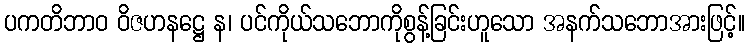
ပကတိဘာဝ ဝိဇဟနဋ္ဌေ န၊ ပင်ကိုယ်သဘောကိုစွန့်ခြင်းဟူသော အနက်သဘောအားဖြင့်။